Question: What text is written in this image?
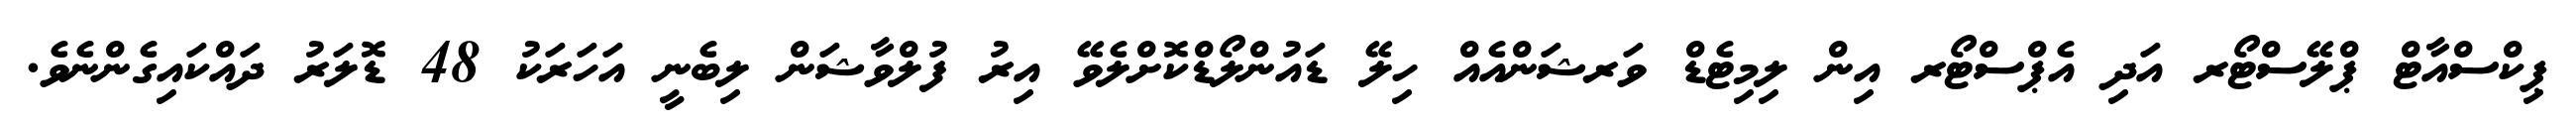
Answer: ޕިކްސްއާޓް ޕްލޭސްޓޯރ އަދި އެޕްސްޓޯރ އިން ލިމިޓެޑް ވަރޝަންއެއް ހިލޭ ޑައުންލޯޑްކޮށްލެވޭ އިރު ފުލްވާޝަން ލިބެނީ އަހަރަކު 48 ޑޮލަރު ދައްކައިގެންނެވެ.